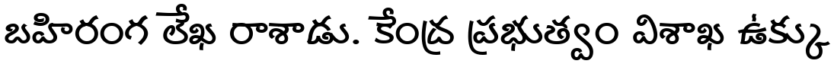
బహిరంగ లేఖ రాశాడు. కేంద్ర ప్రభుత్వం విశాఖ ఉక్కు